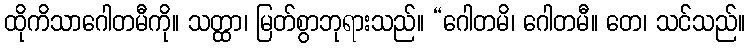
ထိုကိသာဂေါတမီကို။ သတ္ထာ၊ မြတ်စွာဘုရားသည်။ “ဂေါတမိ၊ ဂေါတမီ။ တေ၊ သင်သည်။